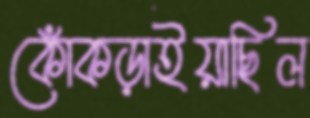
কোঁকড়াইয়াছিল